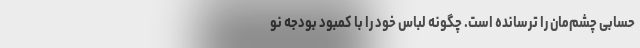
حسابی چشم‌مان را ترسانده است. چگونه لباس خود را با کمبود بودجه نو